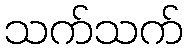
သက်သက်